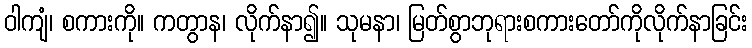
ဝါကျံ၊ စကားကို။ ကတွာန၊ လိုက်နာ၍။ သုမနာ၊ မြတ်စွာဘုရားစကားတော်ကိုလိုက်နာခြင်း